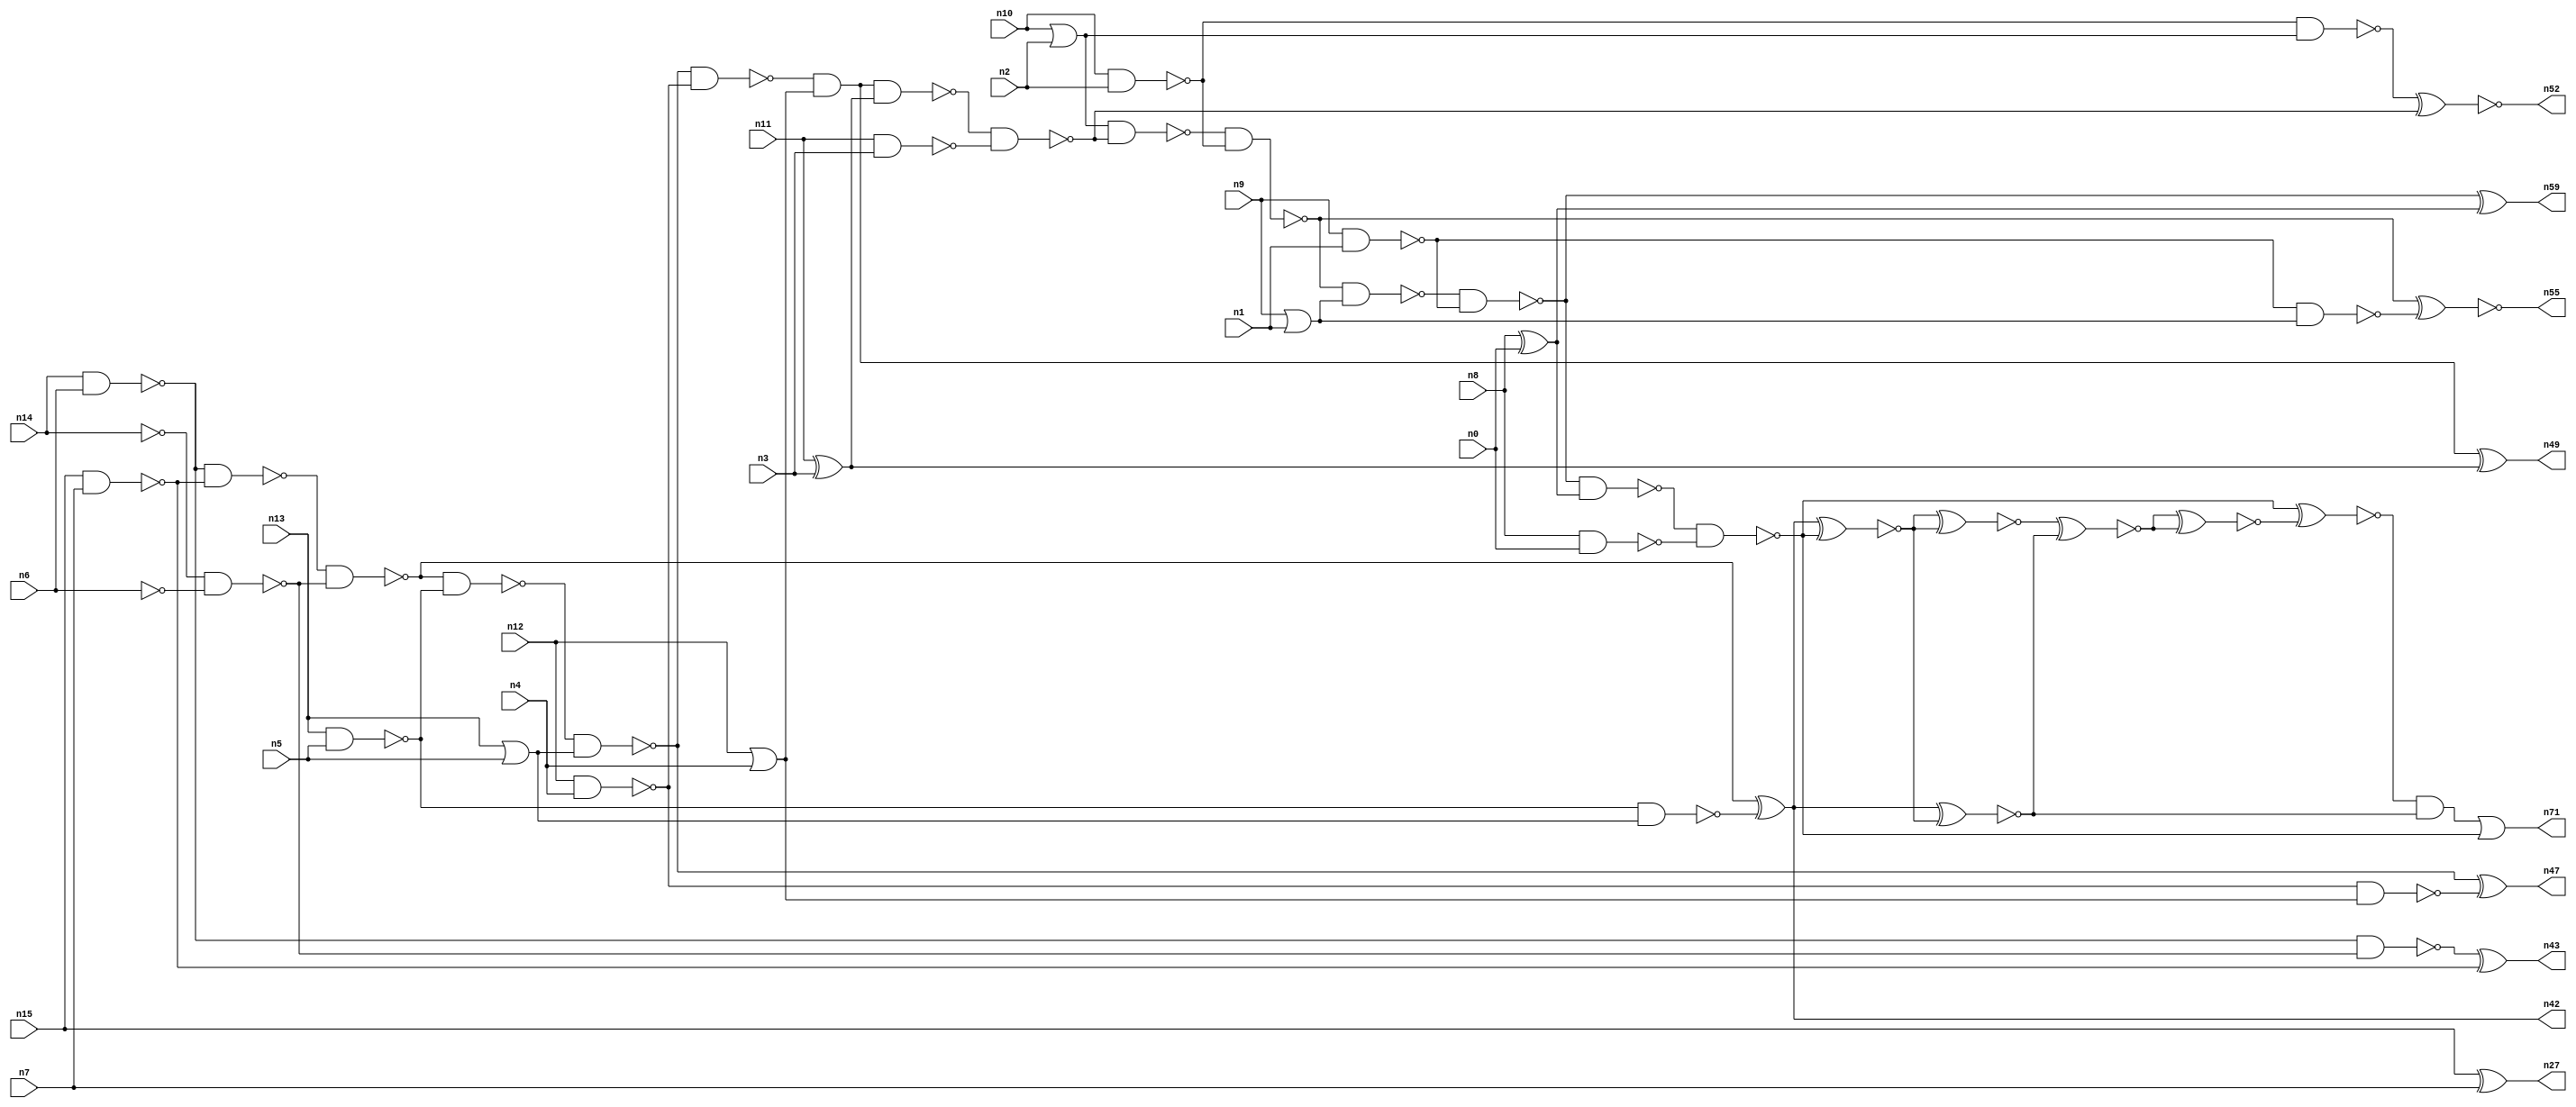
// This file contains a pareto-optimal circuit with respect to area and the fault-resilince parameter p_fault which is defined as:
// "For all input vectors, the ratio of the no. of faults observable at the POs to the no. of total possible faults in the circuit".
// This code is part of the ReCkt library (https://github.com/umar-afzaal/ReCkt) distributed under The MIT License.
// When used, please cite the following article(s):
// U. Afzaal, A.S. Hassan, M. Usman and J.A. Lee, "On the Evolutionary Synthesis of Increased Fault-resilience Arithmetic Circuits".

// p_fault = 85.2 %    (Lower is better)
// gates = 53.0
// levels = 22
// area = 67.27    (For MCNC library relative to nand2)
// power = 364.4 uW    (Berkely-SIS for MCNC library @ Vdd=5V and 20 MHz clock)
// delay = 30.7 ns    (Berkely-ABC for MCNC library)
// PDP = 1.11871e-11 J

// Pin mapping:
// {n0, n1, n2, n3, n4, n5, n6, n7} = A[7:0]
// {n8, n9, n10, n11, n12, n13, n14, n15} = B[7:0]
// {n71, n59, n55, n52, n49, n47, n42, n43, n27} = O[8:0]

module addr8u_area_25 (
n0, n1, n2, n3, n4, n5, n6, n7, n8, n9, n10, n11, n12, n13, n14, n15, 
n71, n59, n55, n52, n49, n47, n42, n43, n27
);

input n0, n1, n2, n3, n4, n5, n6, n7, n8, n9, n10, n11, n12, n13, n14, n15;
output n71, n59, n55, n52, n49, n47, n42, n43, n27;
wire n30, n24, n61, n46, n63, n68, n69, n18, n60, n17, n51, n45, n36, n20, n37, n56, n23, n16, n53, n40, 
n48, n62, n66, n21, n25, n41, n54, n33, n28, n58, n22, n38, n39, n57, n31, n19, n44, n34, n32, n26, 
n50, n29, n64, n35;

nand (n16, n8, n0);
nand (n17, n15, n7);
nand (n18, n9, n1);
nand (n19, n10, n2);
or (n20, n13, n5);
nand (n21, n14, n6);
nor (n22, n9, n1);
or (n23, n10, n2);
xor (n24, n11, n3);
xor (n25, n8, n0);
nand (n26, n12, n4);
xor (n27, n15, n7);
nand (n28, n11, n3);
nand (n29, n13, n5);
not (n30, n14);
not (n31, n6);
or (n32, n12, n4);
nand (n33, n19, n23);
not (n34, n22);
nand (n35, n29, n20);
nand (n36, n21, n17);
nand (n37, n26, n32);
nand (n38, n30, n31);
nand (n39, n21, n38);
nand (n40, n18, n34);
nand (n41, n36, n38);
xor (n42, n41, n35);
xor (n43, n39, n17);
nand (n44, n41, n29);
nand (n45, n44, n20);
nand (n46, n45, n26);
xor (n47, n45, n37);
and (n48, n46, n32);
xor (n49, n48, n24);
nand (n50, n48, n24);
nand (n51, n50, n28);
xnor (n52, n33, n51);
nand (n53, n23, n51);
nand (n54, n53, n19);
xnor (n55, n54, n40);
nand (n56, n54, n34);
nand (n57, n56, n18);
nand (n58, n57, n25);
xor (n59, n57, n25);
nand (n60, n58, n16);
xnor (n61, n42, n60);
xnor (n62, n42, n61);
xnor (n63, n61, n61);
xnor (n64, n63, n62);
xnor (n66, n64, n64);
xnor (n68, n60, n66);
and (n69, n68, n62);
or (n71, n69, n60);

endmodule